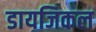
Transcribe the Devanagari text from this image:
डायजिकल